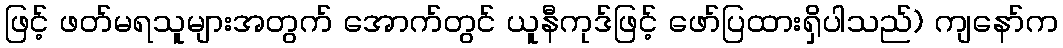
ဖြင့် ဖတ်မရသူများအတွက် အောက်တွင် ယူနီကုဒ်ဖြင့် ဖော်ပြထားရှိပါသည်) ကျနော်က